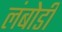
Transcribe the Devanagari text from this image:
लंबोडी